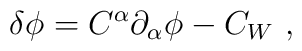
\delta \phi =  C^{\alpha}{\partial}_{\alpha} \phi - C_{W}~,